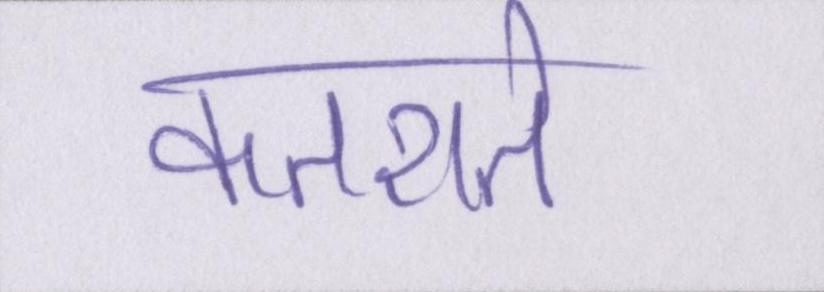
कतराते